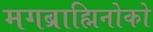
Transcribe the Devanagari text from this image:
मगब्राह्मिनोको